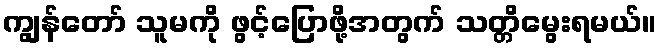
ကျွန်တော် သူမကို ဖွင့်ပြောဖို့အတွက် သတ္တိမွေးရမယ်။